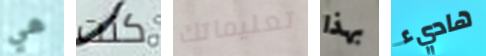
هي كنت تعليماتك بهذا هاديء